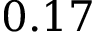
0 . 1 7